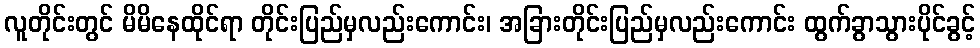
လူတိုင်းတွင် မိမိနေထိုင်ရာ တိုင်းပြည်မှလည်းကောင်း၊ အခြားတိုင်းပြည်မှလည်းကောင်း ထွက်ခွာသွားပိုင်ခွင့်